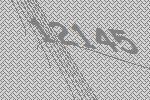
12145